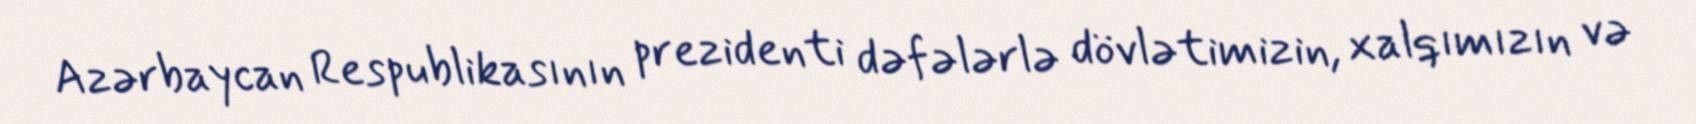
Azərbaycan Respublikasının prezidenti dəfələrlə dövlətimizin, xalqımızın və